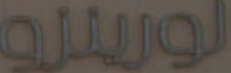
لورينزو